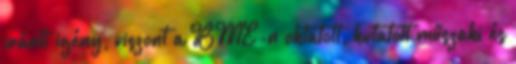
iránti igény, viszont a BME-n oktatott, kutatott műszaki és